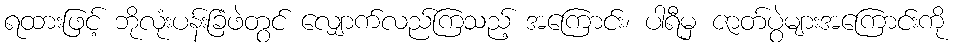
ရထားဖြင့် ဘိုလုံးပန်းခြံဖဲတွင် လျှောက်လည်ကြသည့် အကြောင်း၊ ပါရီမှ ဇာတ်ပွဲများအကြောင်းကို